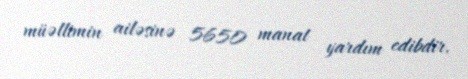
müəllimin ailəsinə 5650 manat yardım edibdir.